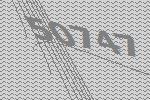
50747